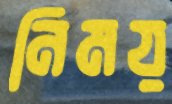
নিময়